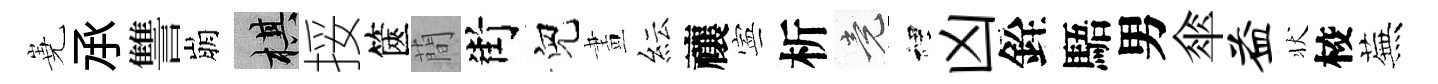
嶤𠄘讐崩棋挼篋蕳街兒畫紜禳寕析竟裡凶銓䮏男傘益状校蕪